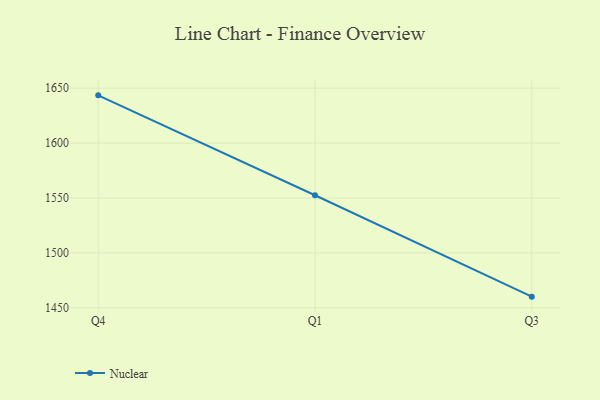
{"axis": {"x": "Quarter", "y": "Budget (USD K)"}, "legend": ["Nuclear"], "data": [{"x": "Q4", "y": 1643.5, "type": "Nuclear"}, {"x": "Q1", "y": 1552.5, "type": "Nuclear"}, {"x": "Q3", "y": 1460.1, "type": "Nuclear"}]}